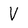
Character: V